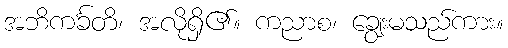
အဘိကင်္ခတိ၊ အလိုရှိ၏။ ကညာစ၊ ချွေးမသည်ကား။